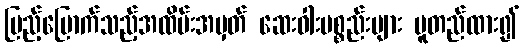
ပြည့်မြောက်သည့်အထိမ်းအမှတ် ဆေးဝါးပစ္စည်းများ မူတည်ထား၍